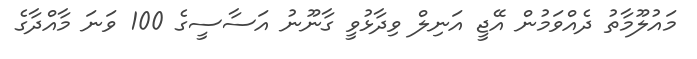
މައުލޫމާތު ދެއްވަމުން އޭޖީ އަނިލް ވިދާޅުވީ ގާނޫނު އަސާސީގެ 100 ވަނަ މާއްދާގެ